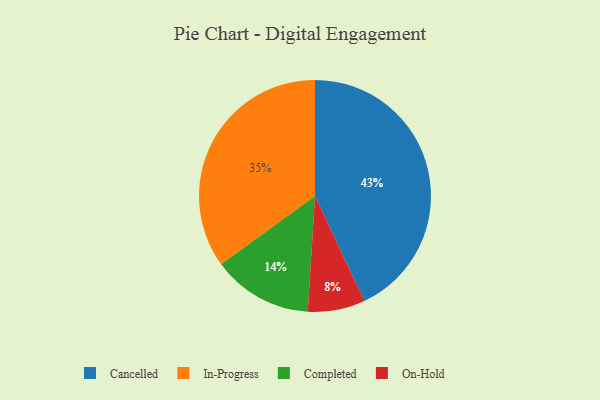
{"axis": {"x": "Category", "y": "Percentage"}, "legend": ["Cancelled", "Completed", "In-Progress", "On-Hold"], "data": [{"x": "In-Progress", "y": 35, "type": "In-Progress"}, {"x": "Cancelled", "y": 43, "type": "Cancelled"}, {"x": "Completed", "y": 14, "type": "Completed"}, {"x": "On-Hold", "y": 8, "type": "On-Hold"}]}